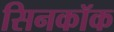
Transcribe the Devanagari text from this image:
सिनकॉक